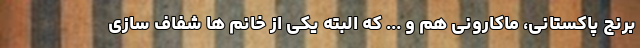
برنج پاکستانی، ماکارونی هم و ... که البته یکی از خانم ها شفاف سازی